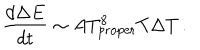
LaTeX: { \frac { d \Delta E } { d t } } \sim A T _ { \mathrm { p r o p e r } } ^ { 8 } T \Delta T \, .